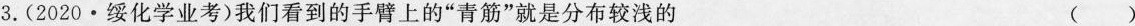
3.(2020·绥化学业考)我们看到的手臂上的”青筋”就是分布较浅的 ()